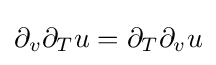
\partial _{v}\partial _{T}u=\partial _{T}\partial _{v}u